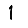
Digit: 1